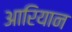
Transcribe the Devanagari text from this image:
आरियान